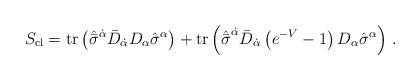
LaTeX: \begin{align*}S_{\rm cl}= {\rm tr} \left( \hat{\bar \sigma}^{\dot \alpha} \bar D_{\dot \alpha} D_\alpha \hat\sigma^\alpha \right) + {\rm tr} \left( {\hat {\bar \sigma}}^{\dot \alpha} \bar D_{\dot \alpha} \left( e^{-V} -1 \right) D_\alpha {\hat\sigma}^\alpha \right)\,.\end{align*}